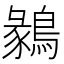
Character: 鶨